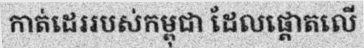
កាត់ដេររបស់កម្ពុជា ដែលផ្តោតលើ